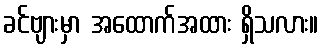
ခင်ဗျားမှာ အထောက်အထား ရှိသလား။